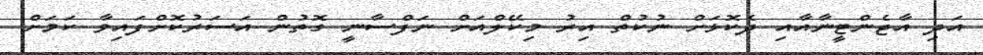
އަދި އާޖެންޓީނާއާއި ދެކޮޅަށް ނުކުތް އިރު މިކޭލްއަށް ނަފްސާނީ ގޮތުން އަސަރުކޮށްފައިވާ ކަމަށް